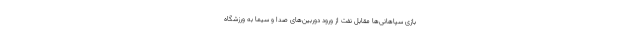
بازی سپاهانی‌ها مقابل نفت از ورود دوربین‌های صدا و سیما به ورزشگاه